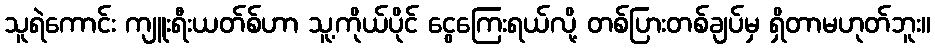
သူရဲကောင်း ကျူးရီးယတ်စ်ဟာ သူ့ကိုယ်ပိုင် ငွေကြေးရယ်လို့ တစ်ပြားတစ်ချပ်မှ ရှိတာမဟုတ်ဘူး။